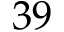
^ Ḋ 3 9 Ḍ